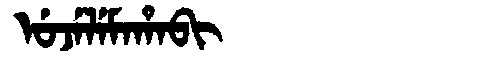
Manchu: ᡠᠵᡝᠯᡝᠮᠠᡥᠠᠪᡳ
Romanization: UJELEMAHABI